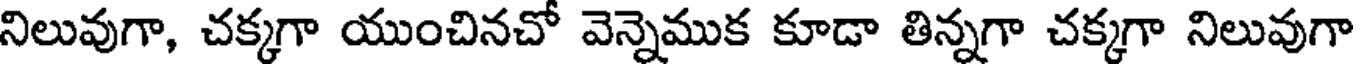
నిలువుగా, చక్కగా యుంచినచో వెన్నెముక కూడా తిన్నగా చక్కగా నిలువుగా